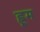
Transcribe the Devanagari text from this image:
ह्नूम